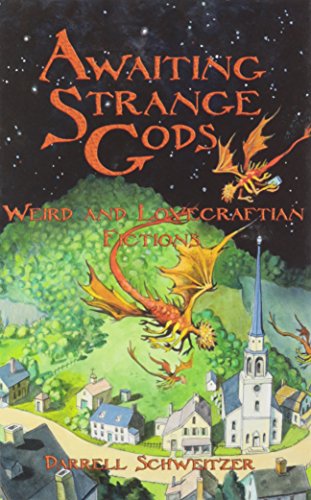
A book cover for Awaiting Strange Gods: Weird and Lovecraftian Fictions; Darrell Schweitzer; Science Fiction & Fantasy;